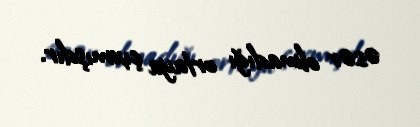
əsər olmadığı ortaya çıxmışdır.